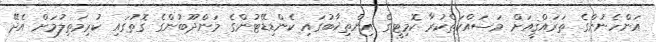
އަންހެނުންގެ ތަރައްޤީއަށް މަސައްކަތްކުރާ ކޮމިޓީގެ އިންތިޚާބުގައި ކެންޑިޑޭޓުންގެ މަންދޫބުންގެ ގޮތުގައި ކުރިމަތިލުމަށް އެދޭ